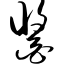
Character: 酱